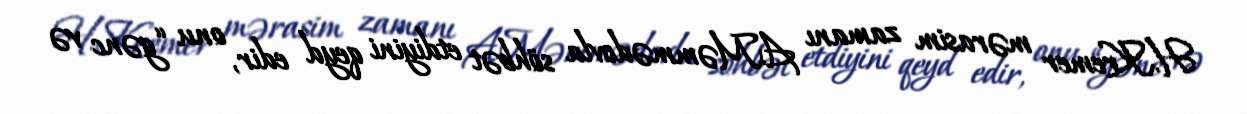
H.Kremer mərasim zamanı A.Məmmədovla söhbət etdiyini qeyd edir, onu “gənc və